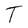
Character: T